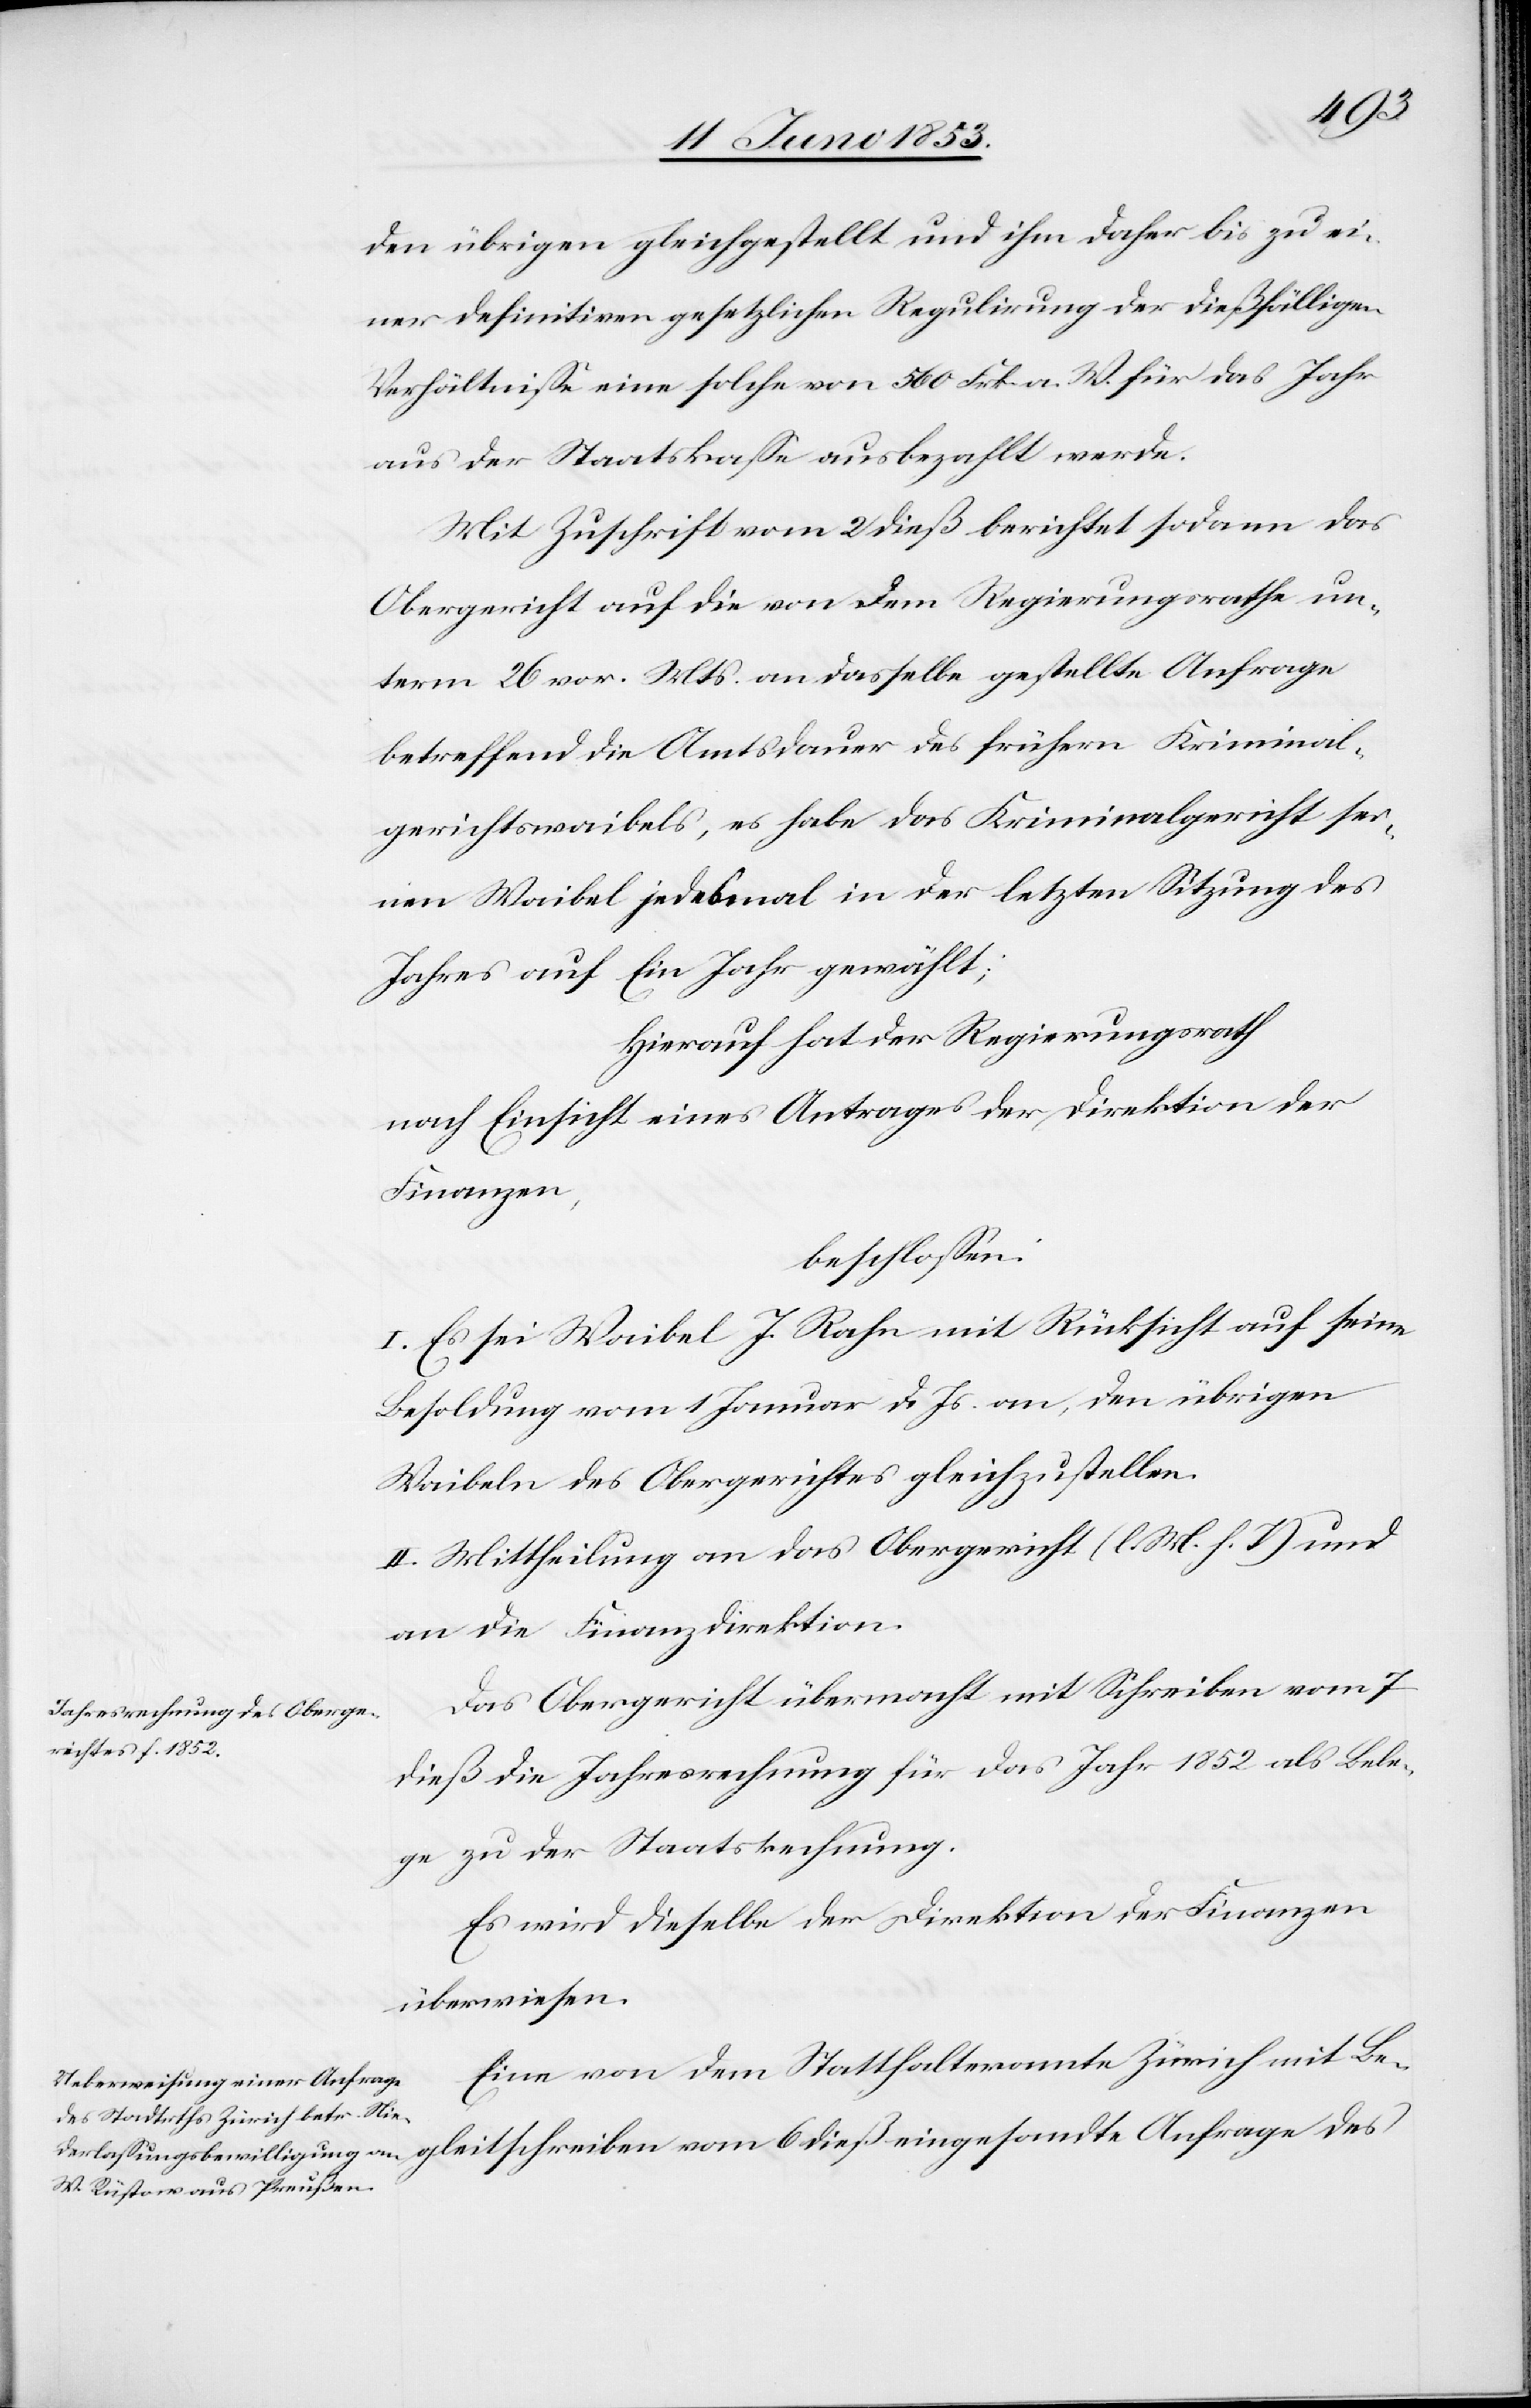
den übrigen gleichgestellt und ihm daher bis zu ei¬
ner definitiven gesetzlichen Regulirung der dießfälligen
Verhältniße eine solche von 560 Frk. a. W. für das Jahr
aus der Staatskanzlei ausbezahlt werde.
Mit Zuschrift vom 24 dieß berichtet sodann das
Obergericht auf die von dem Regierungsrathe un¬
term 26 vor. Mts. an dasselbe gestellte Anfrage
betreffend die Amtsdauer des frühern Kriminal¬
gerichtswaibels, es habe das Kriminalgericht sei¬
nen Waibel jedesmal in der letzten Sitzung des
Jahres auf Ein Jahr gewählt;
Hierauf hat der Regierungsrath
nach Einsicht eines Antrages der Direktion der
Finanzen,
beschloßen:
I. Es sei Waibel J. Rahn mit Rücksicht auf seine
Besoldung vom 1 Januar d. Js. an, den übrigen
Waibels des Obergerichtes gleichzustellen.
II. Mittheilung an das Obergericht [l. M. h. T] und
an die Finanzdirektion.
Das Obergericht übermacht mit Schreiben vom 7
dieß die Jahresrechnung für das Jahr 1852 als Bele¬
ge zu der Staatsrechnung.
Es wird dieselbe der Direktion der Finanzen
überwiesen.
Eine von dem Statthalteramte Zürich mit Be¬
gleitschreiben vom 6 dieß eingesandte Anfrage des